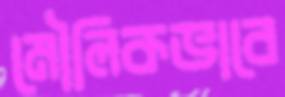
মৌলিকভাবে